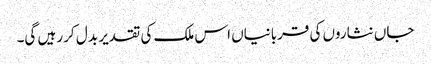
جاں نثاروں کی قربانیاں اس ملک کی تقدیر بد ل کر رہیں گی۔